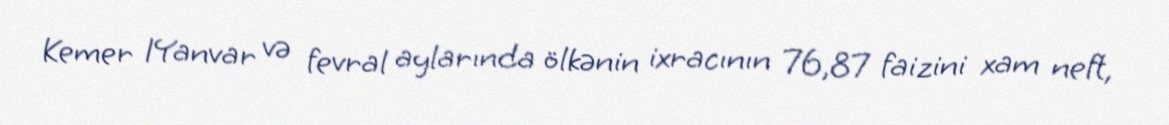
Kemer 1Yanvar və fevral aylarında ölkənin ixracının 76,87 faizini xam neft,